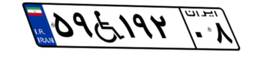
۵۹W۱۹۲۰۸